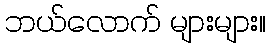
ဘယ်လောက် များများ။